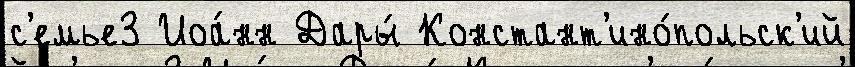
с'емье3 Иоа́нн Дары́ Констант'ино́польск'ий